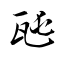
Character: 瓲